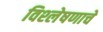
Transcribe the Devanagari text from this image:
विश्‍लेषणाचे